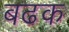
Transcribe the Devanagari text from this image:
बढक